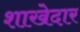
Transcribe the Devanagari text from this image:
शाखेदार